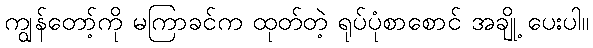
ကျွန်တော့်ကို မကြာခင်က ထုတ်တဲ့ ရုပ်ပုံစာစောင် အချို့ ပေးပါ။